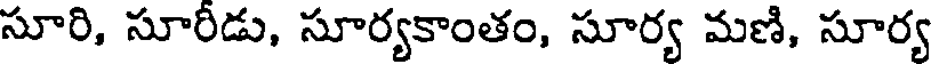
సూరి, సూరీడు, సూర్యకాంతం, సూర్య మణి, సూర్య